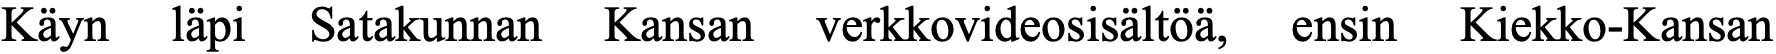
Käyn läpi Satakunnan Kansan verkkovideosisältöä, ensin Kiekko-Kansan